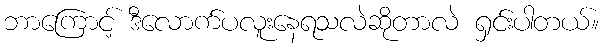
ဘာကြောင့် ဒီလောက်ပလူးနေရသလဲဆိုတာလဲ ရှင်းပါတယ်။